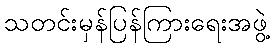
သတင်းမှန်ပြန်ကြားရေးအဖွဲ့